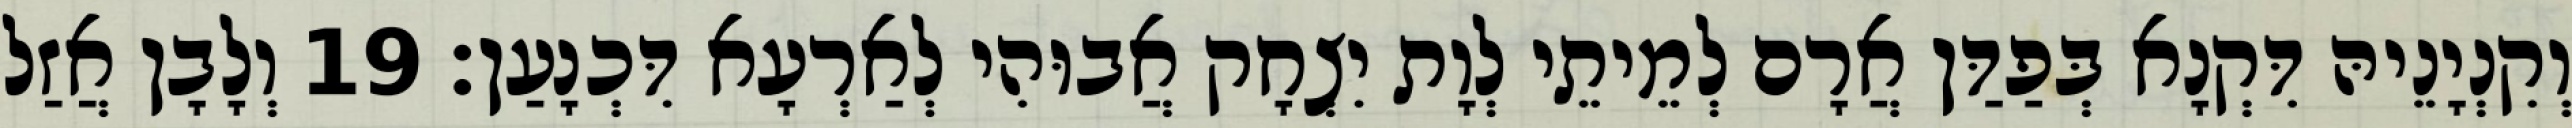
וְקִנְיָנֵיהּ דִּקְנָא בְּפַדַּן אֲרָם לְמֵיתֵי לְוָת יִצְחָק אֲבוּהִי לְאַרְעָא דִּכְנָעַן׃ 19 וְלָבָן אֲזַל